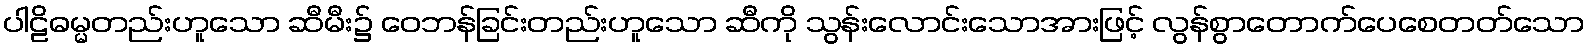
ပါဠိဓမ္မတည်းဟူသော ဆီမီး၌ ဝေဘန်ခြင်းတည်းဟူသော ဆီကို သွန်းလောင်းသောအားဖြင့် လွန်စွာတောက်ပေစေတတ်သော